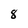
Character: 8